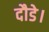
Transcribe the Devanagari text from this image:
दौडे।